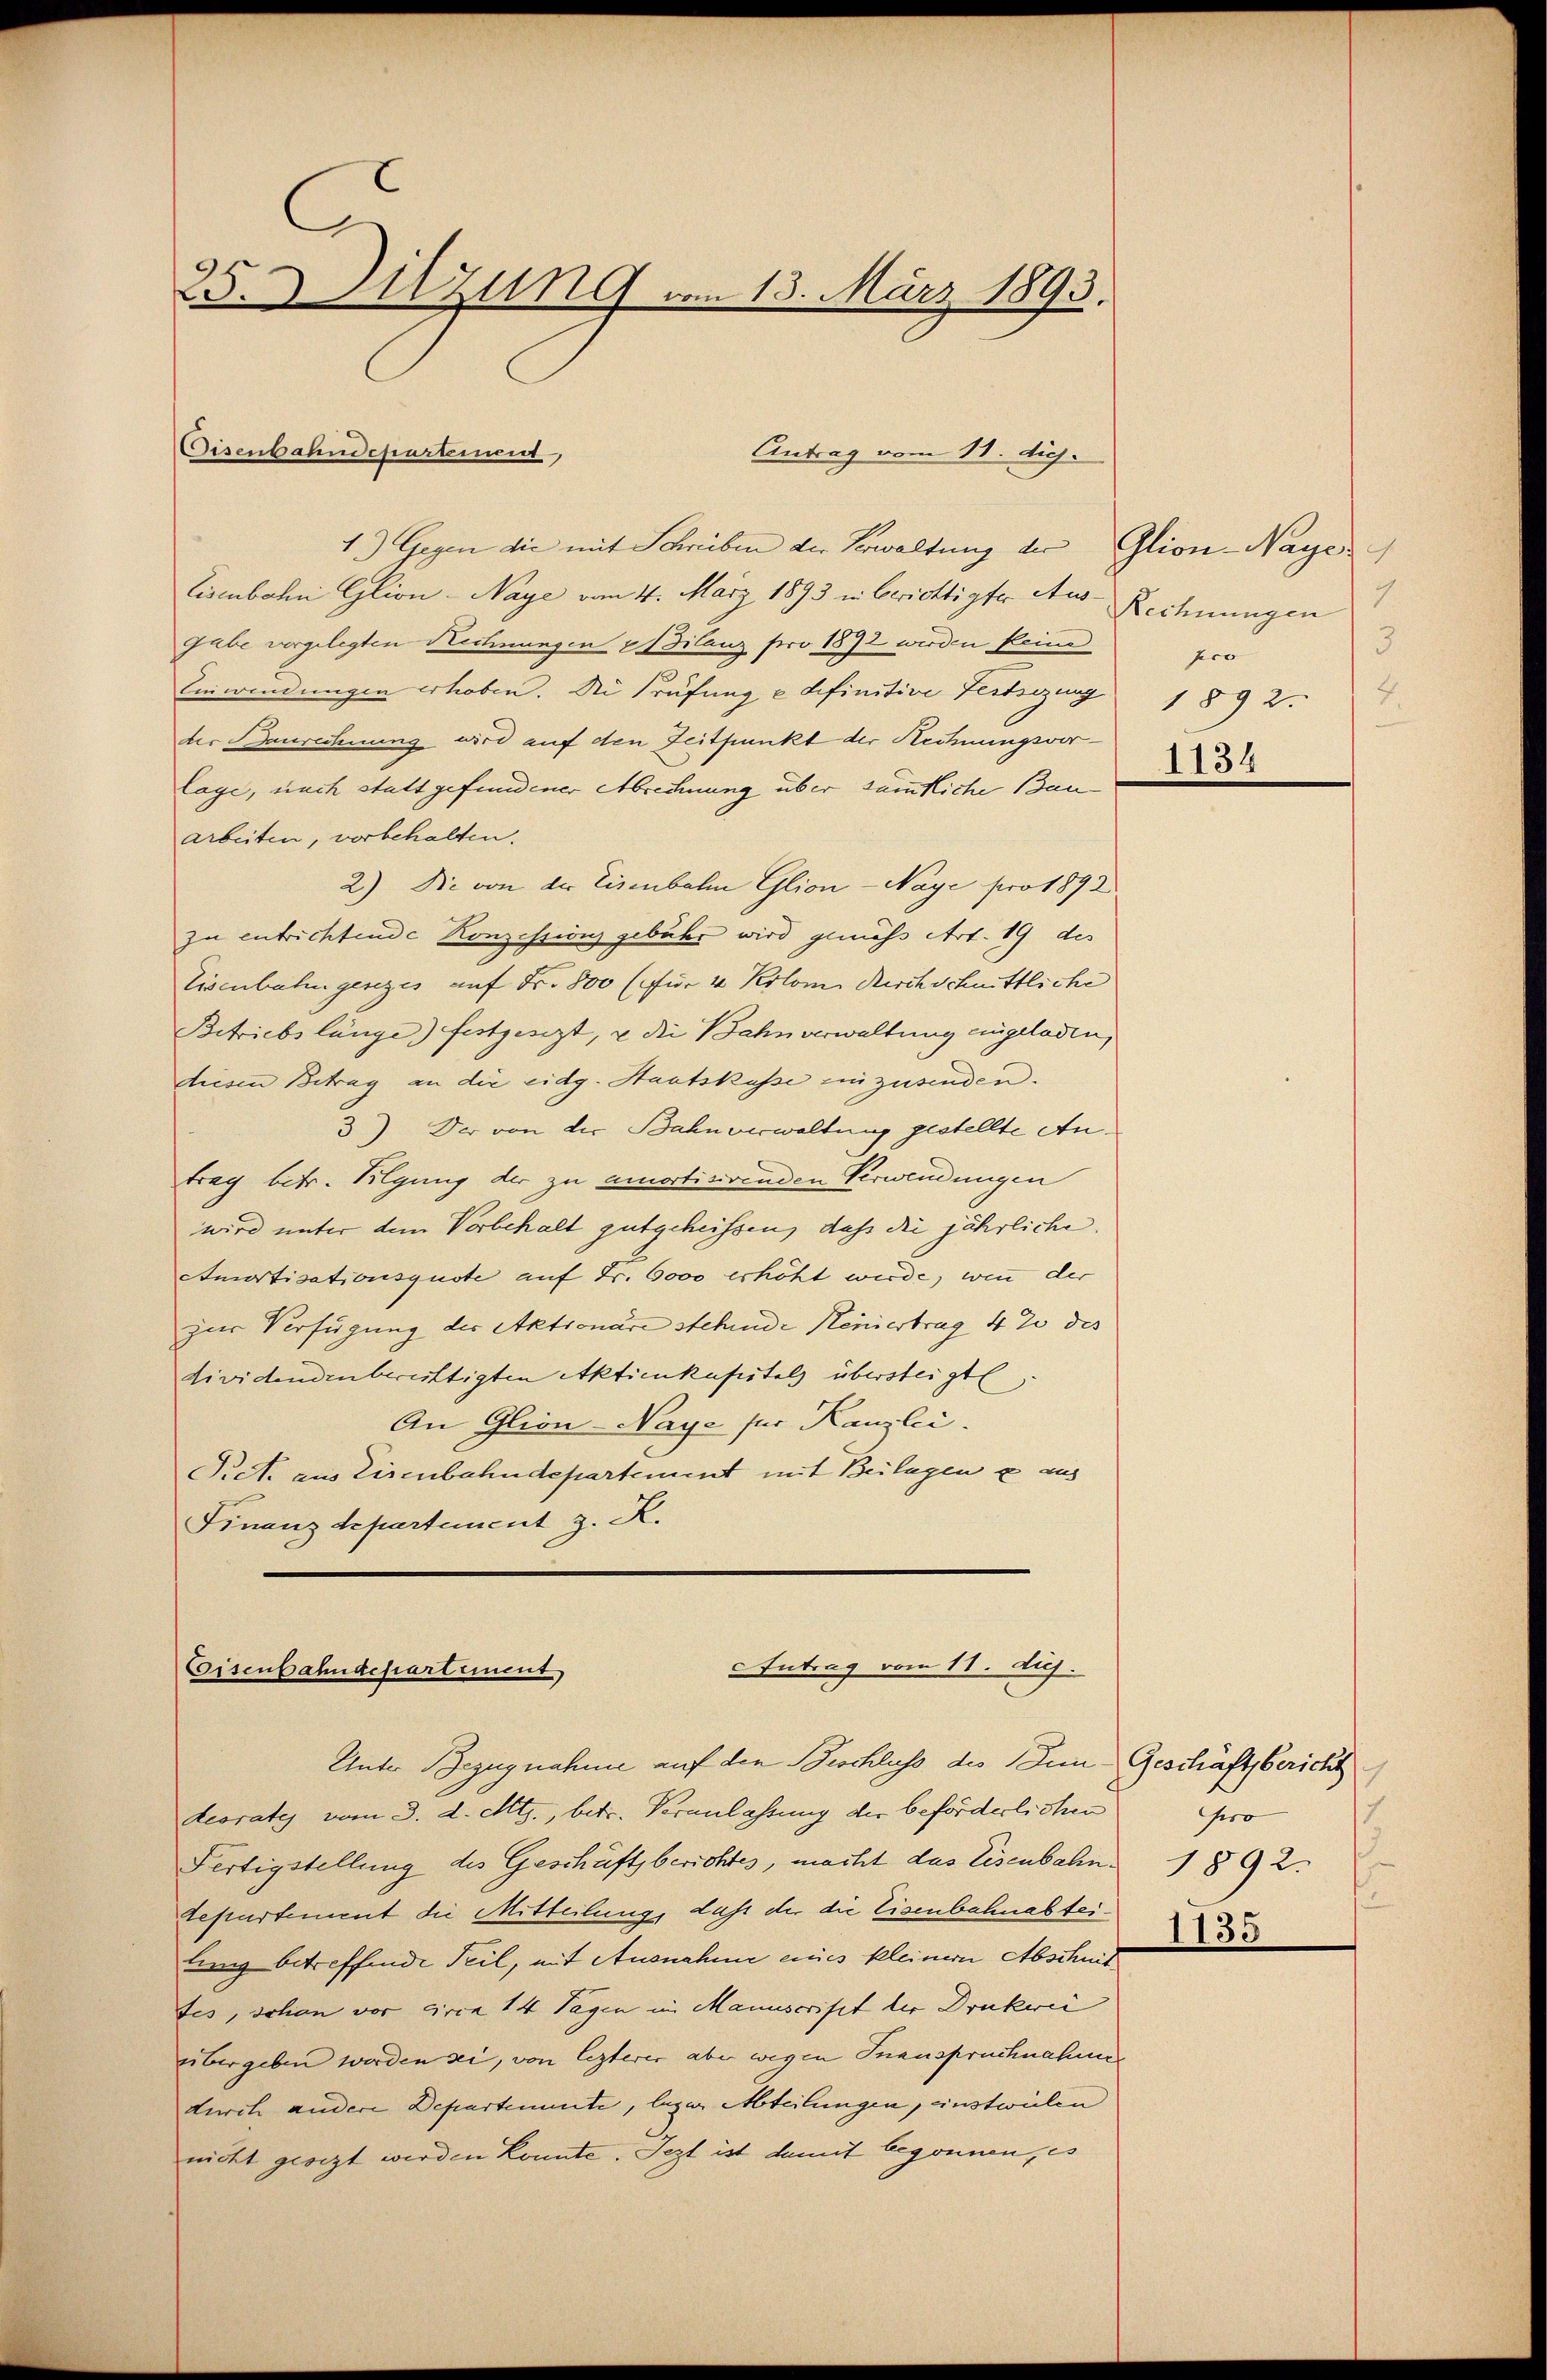
25.Azung vom 13. März 1893.

1.) Gegen die mit Schreiben der Verwaltung der Glion-Nayes
Eisenbahn Glion-Naye vom 4. März 1893 in Berichtigter Aus-Rechnungen
Gabe vorgelegten Rechnungen »dilanz pro 1872 wurden kleine
Einwendungen erhoben. Die Prüfung u definitive Festsezung
der Daurechnung wird auf den Zeitpunkt der Rechnungsvorlage, nach stattgefundener Abrechnung über sämmtliche Bauarbeiten, vorbehalten.
2.) Die von der Eisenbahn Glion - Naye pro 1892.
zu entrichtende Konzessions gebühr wird gemäß Art. 19 des
Eisenbahngesezes auf Fr. 800 (für 4 Kilom Kirchschnittliche
Betriebslänge) festgesezt, u die Bahnverwaltung eingeladen,
diesen Betrag an die eidg. Staatskasse einzusenden.
3) Der von der Bahnverwaltung gestellte Antrag betr. Kilgung der zu amortisirenden Verwendungen
wird unter dem Vorbehalt gutgeheissen, daß die jährliche
Amortisationsguste auf Fr. 6000 erhöht wurde, wenn der
zur Verfügung der Aktionare stehende Kennertrag 42 des
dividendenbereittigten Aktienkapitels übersteigt
An Glion-Naye für Kanzlei.
Pict. aus Eisenbahndepartement mit Beilagen u aus
Finanzdepartement z. R.

Disenbahndepartement

Eintrag vom 18. diej

Antrag vom 11. huj.
Eisenbahndepartement
Unter Bezugnahme auf den Beschluss des Inn Geschäftsbericht

deorates vom 3. d. Mts., betr. Veranlassung der beförderlichen
Fertigstellung des Geschäft berichtes, macht das Eisenbahn 1892.
tepartement die Mitteilung, daß der die Eisenbahnabteilung betreffende Teil, mit Ausnahme eines kleiner Abschnit
tes, schon vor circa 14 Tagen im Manuscript der Druckerei
übergeben werden sei, von lezterer aber wegen Inanspruchnahme
durch andere Departemente, leger Abteilungen, einstweilen
nicht gesezt werden könnte. Jezt ist damit begonnen, es

4
3
pco
4.
1892.
1134

Hero
g
1135